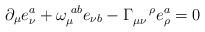
LaTeX: \begin{align*}\partial _{\mu }e_{\nu }^{a}+\omega _{\mu }^{\,\,ab}e_{\nu b}-\Gamma _{\mu\nu }^{\quad \rho }e_{\rho }^{a}=0\end{align*}